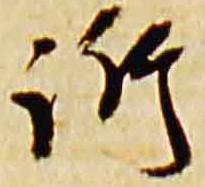
訴